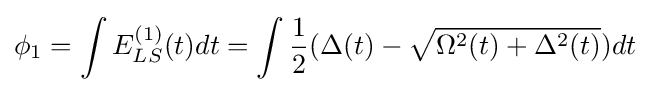
\phi _{1}=\int E_{LS}^{(1)}(t)dt=\int {\frac {1}{2}}(\Delta (t)-{\sqrt {\Omega ^{2}(t)+\Delta ^{2}(t)}})dt